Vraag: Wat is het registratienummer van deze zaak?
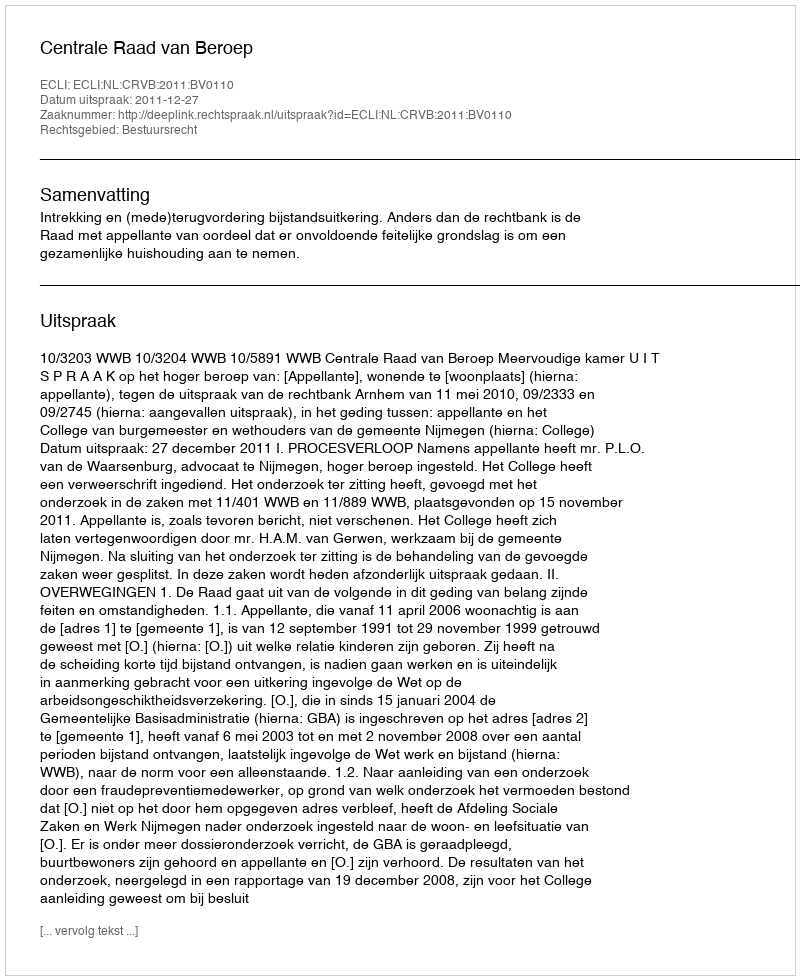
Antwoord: http://deeplink.rechtspraak.nl/uitspraak?id=ECLI:NL:CRVB:2011:BV0110